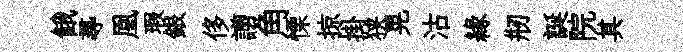
餓𡬶凰瑕銀侈謭角慄掠掛狭晃沽緣剏誕院其